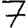
Digit: 7